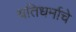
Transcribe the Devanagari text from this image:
यतिधर्माचे